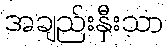
အချည်းနှီးသာ